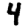
Digit: 4